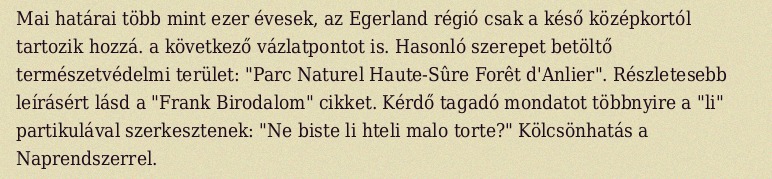
Mai határai több mint ezer évesek, az Egerland régió csak a késő középkortól tartozik hozzá. a következő vázlatpontot is. Hasonló szerepet betöltő természetvédelmi terület: "Parc Naturel Haute-Sûre Forêt d'Anlier". Részletesebb leírásért lásd a "Frank Birodalom" cikket. Kérdő tagadó mondatot többnyire a "li" partikulával szerkesztenek: "Ne biste li hteli malo torte?" Kölcsönhatás a Naprendszerrel.